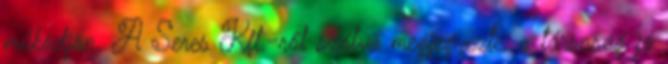
működjön. A Seres Kft.-ről szólva megjegyezte, a társaság jó